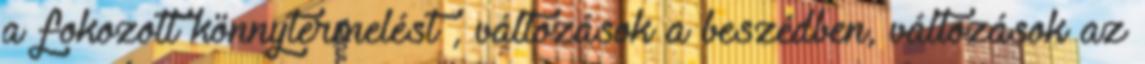
a fokozott könnytermelést , változások a beszédben, változások az